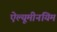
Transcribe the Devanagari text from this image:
ऐल्यूमीनयिम